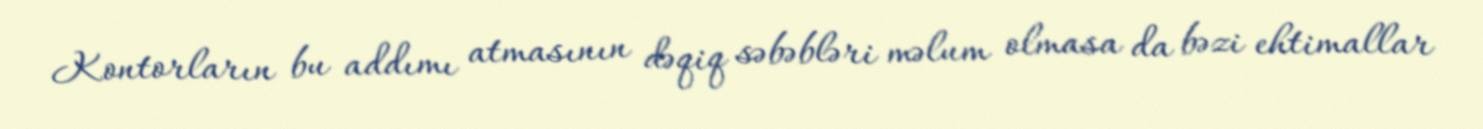
Kontorların bu addımı atmasının dəqiq səbəbləri məlum olmasa da bəzi ehtimallar